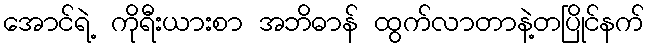
အောင်ရဲ့ ကိုရီးယားစာ အဘိဓာန် ထွက်လာတာနဲ့တပြိုင်နက်